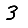
Digit: 3